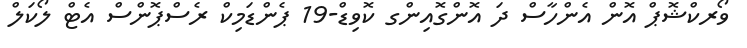
ވޯރކްޝޮޕް އޮން އެންހާސް ދަ އޮންގޮއިންގ ކޮވިޑް-19 ޕެންޑަމިކް ރެސްޕޮންސް އެޓް ލޯކަލް